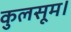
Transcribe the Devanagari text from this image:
कुलसूम।